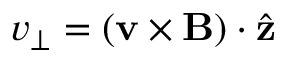
v _ { \perp } = ( \mathbf { v } \times \mathbf { B } ) \cdot \hat { \mathbf { z } }